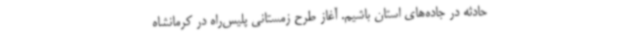
حادثه در جاده‌های استان باشیم. آغاز طرح زمستانی پلیس‌راه در کرمانشاه